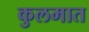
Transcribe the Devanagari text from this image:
कुलमात